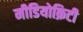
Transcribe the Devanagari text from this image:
मीडियोक्रिटी